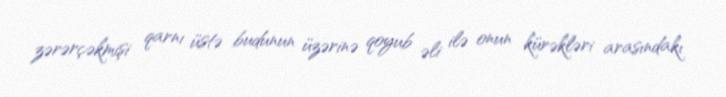
zərərçəkmişi qarnı üstə budunun üzərinə qoyub əli ilə onun kürəkləri arasındakı